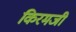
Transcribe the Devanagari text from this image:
किरमजी